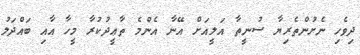
ދިވެހި ނެށުންތެރިޔާ ސުނީތާ އަލީއަށް އޭނާ އެންމެ ތާޢީދުކުރާ މީހާ އާއި ބައްދަލު